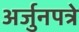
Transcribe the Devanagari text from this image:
अर्जुनपत्रे